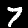
Digit: 7